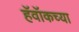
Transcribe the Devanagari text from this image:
हॅवॉकच्या